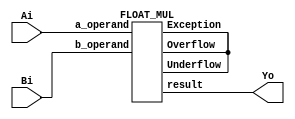
//32
module FPU_MUL(
	input [31:0] Ai,
	input [31:0] Bi,
	output [31:0] Yo
);
FLOAT_MUL f(
	.a_operand (Ai),
	.b_operand (Bi),
	.Exception (),		
	.Overflow (),		
	.Underflow (),
	.result (Yo));
endmodule

//
module FPU_ADD(
	input [31:0] Ai,
	input [31:0] Bi,
	output [31:0] Yo
);
FLOAT_ADD_SUB add(
	.a_operand (Ai),
	.b_operand (Bi), 
	.AddBar_Sub (1'b0),	
	.Exception (),
	.result (Yo)
);
endmodule

//
module FPU_SUB(
	input [31:0] Ai,
	input [31:0] Bi,
	output [31:0] Yo
);
FLOAT_ADD_SUB add(
	.a_operand (Ai),
	.b_operand (Bi), 
	.AddBar_Sub (1'b1),	
	.Exception (),
	.result (Yo)
);
endmodule






module FLOAT_ADD_SUB(
	input [31:0] a_operand,b_operand,
	input AddBar_Sub,	
	output Exception,
	output [31:0] result 
);

wire operation_sub_addBar;
wire Comp_enable;
wire output_sign;

wire [31:0] operand_a,operand_b;
wire [23:0] significand_a,significand_b;
wire [7:0] exponent_diff;


wire [23:0] significand_b_add_sub;
wire [7:0] exponent_b_add_sub;

wire [24:0] significand_add;
wire [30:0] add_sum;

wire [23:0] significand_sub_complement;
wire [24:0] significand_sub;
wire [30:0] sub_diff;
wire [24:0] subtraction_diff; 
wire [7:0] exponent_sub;

assign {Comp_enable,operand_a,operand_b} = (a_operand[30:0] < b_operand[30:0]) ? {1'b1,b_operand,a_operand} : {1'b0,a_operand,b_operand};

assign exp_a = operand_a[30:23];
assign exp_b = operand_b[30:23];


assign Exception = (&operand_a[30:23]) | (&operand_b[30:23]);

assign output_sign = AddBar_Sub ? Comp_enable ? !operand_a[31] : operand_a[31] : operand_a[31] ;

assign operation_sub_addBar = AddBar_Sub ? operand_a[31] ^ operand_b[31] : ~(operand_a[31] ^ operand_b[31]);


assign significand_a = (|operand_a[30:23]) ? {1'b1,operand_a[22:0]} : {1'b0,operand_a[22:0]};
assign significand_b = (|operand_b[30:23]) ? {1'b1,operand_b[22:0]} : {1'b0,operand_b[22:0]};


assign exponent_diff = operand_a[30:23] - operand_b[30:23];


assign significand_b_add_sub = significand_b >> exponent_diff;

assign exponent_b_add_sub = operand_b[30:23] + exponent_diff; 


assign perform = (operand_a[30:23] == exponent_b_add_sub);


assign significand_add = (perform & operation_sub_addBar) ? (significand_a + significand_b_add_sub) : 25'd0; 


assign add_sum[22:0] = significand_add[24] ? significand_add[23:1] : significand_add[22:0];


assign add_sum[30:23] = significand_add[24] ? (1'b1 + operand_a[30:23]) : operand_a[30:23];


assign significand_sub_complement = (perform & !operation_sub_addBar) ? ~(significand_b_add_sub) + 24'd1 : 24'd0 ; 

assign significand_sub = perform ? (significand_a + significand_sub_complement) : 25'd0;

priority_encoder pe(significand_sub,operand_a[30:23],subtraction_diff,exponent_sub);

assign sub_diff[30:23] = exponent_sub;

assign sub_diff[22:0] = subtraction_diff[22:0];

assign result = Exception ? 32'b0 : ((!operation_sub_addBar) ? {output_sign,sub_diff} : {output_sign,add_sum});

endmodule




module FLOAT_MUL(
		input [31:0] a_operand,
		input [31:0] b_operand,
		output Exception,Overflow,Underflow,
		output [31:0] result
		);

wire sign,product_round,normalised,zero;
wire [8:0] exponent,sum_exponent;
wire [22:0] product_mantissa;
wire [23:0] operand_a,operand_b;
wire [47:0] product,product_normalised; 

assign sign = a_operand[31] ^ b_operand[31];

assign Exception = (&a_operand[30:23]) | (&b_operand[30:23]);

assign operand_a = (|a_operand[30:23]) ? {1'b1,a_operand[22:0]} : {1'b0,a_operand[22:0]};

assign operand_b = (|b_operand[30:23]) ? {1'b1,b_operand[22:0]} : {1'b0,b_operand[22:0]};

assign product = operand_a * operand_b;		

assign product_round = |product_normalised[22:0]; 

assign normalised = product[47] ? 1'b1 : 1'b0;	

assign product_normalised = normalised ? product : product << 1;	


assign product_mantissa = product_normalised[46:24] + (product_normalised[23] & product_round); 

assign zero = Exception ? 1'b0 : (product_mantissa == 23'd0) ? 1'b1 : 1'b0;

assign sum_exponent = a_operand[30:23] + b_operand[30:23];

assign exponent = sum_exponent - 8'd127 + normalised;

assign Overflow = ((exponent[8] & !exponent[7]) & !zero) ; 

assign Underflow = ((exponent[8] & exponent[7]) & !zero) ? 1'b1 : 1'b0; 

assign result = Exception ? 32'd0 : zero ? {sign,31'd0} : Overflow ? {sign,8'hFF,23'd0} : Underflow ? {sign,31'd0} : {sign,exponent[7:0],product_mantissa};

endmodule

module priority_encoder(
			input [24:0] significand,
			input [7:0] Exponent_a,
			output reg [24:0] Significand,
			output [7:0] Exponent_sub
			);

reg [4:0] shift;

always @(significand)
begin
	casex (significand)
		25'b1_1xxx_xxxx_xxxx_xxxx_xxxx_xxxx :	begin
													Significand = significand;
									 				shift = 5'd0;
								 			  	end
		25'b1_01xx_xxxx_xxxx_xxxx_xxxx_xxxx : 	begin						
										 			Significand = significand << 1;
									 				shift = 5'd1;
								 			  	end

		25'b1_001x_xxxx_xxxx_xxxx_xxxx_xxxx : 	begin						
										 			Significand = significand << 2;
									 				shift = 5'd2;
								 				end

		25'b1_0001_xxxx_xxxx_xxxx_xxxx_xxxx : 	begin 							
													Significand = significand << 3;
								 	 				shift = 5'd3;
								 				end

		25'b1_0000_1xxx_xxxx_xxxx_xxxx_xxxx : 	begin						
									 				Significand = significand << 4;
								 	 				shift = 5'd4;
								 				end

		25'b1_0000_01xx_xxxx_xxxx_xxxx_xxxx : 	begin						
									 				Significand = significand << 5;
								 	 				shift = 5'd5;
								 				end

		25'b1_0000_001x_xxxx_xxxx_xxxx_xxxx : 	begin						// 24'h020000
									 				Significand = significand << 6;
								 	 				shift = 5'd6;
								 				end

		25'b1_0000_0001_xxxx_xxxx_xxxx_xxxx : 	begin						// 24'h010000
									 				Significand = significand << 7;
								 	 				shift = 5'd7;
								 				end

		25'b1_0000_0000_1xxx_xxxx_xxxx_xxxx : 	begin						// 24'h008000
									 				Significand = significand << 8;
								 	 				shift = 5'd8;
								 				end

		25'b1_0000_0000_01xx_xxxx_xxxx_xxxx : 	begin						// 24'h004000
									 				Significand = significand << 9;
								 	 				shift = 5'd9;
								 				end

		25'b1_0000_0000_001x_xxxx_xxxx_xxxx : 	begin						// 24'h002000
									 				Significand = significand << 10;
								 	 				shift = 5'd10;
								 				end

		25'b1_0000_0000_0001_xxxx_xxxx_xxxx : 	begin						// 24'h001000
									 				Significand = significand << 11;
								 	 				shift = 5'd11;
								 				end

		25'b1_0000_0000_0000_1xxx_xxxx_xxxx : 	begin						// 24'h000800
									 				Significand = significand << 12;
								 	 				shift = 5'd12;
								 				end

		25'b1_0000_0000_0000_01xx_xxxx_xxxx : 	begin						// 24'h000400
									 				Significand = significand << 13;
								 	 				shift = 5'd13;
								 				end

		25'b1_0000_0000_0000_001x_xxxx_xxxx : 	begin						// 24'h000200
									 				Significand = significand << 14;
								 	 				shift = 5'd14;
								 				end

		25'b1_0000_0000_0000_0001_xxxx_xxxx  : 	begin						// 24'h000100
									 				Significand = significand << 15;
								 	 				shift = 5'd15;
								 				end

		25'b1_0000_0000_0000_0000_1xxx_xxxx : 	begin						// 24'h000080
									 				Significand = significand << 16;
								 	 				shift = 5'd16;
								 				end

		25'b1_0000_0000_0000_0000_01xx_xxxx : 	begin						// 24'h000040
											 		Significand = significand << 17;
										 	 		shift = 5'd17;
												end

		25'b1_0000_0000_0000_0000_001x_xxxx : 	begin						// 24'h000020
									 				Significand = significand << 18;
								 	 				shift = 5'd18;
								 				end

		25'b1_0000_0000_0000_0000_0001_xxxx : 	begin						// 24'h000010
									 				Significand = significand << 19;
								 	 				shift = 5'd19;
												end

		25'b1_0000_0000_0000_0000_0000_1xxx :	begin						// 24'h000008
									 				Significand = significand << 20;
								 					shift = 5'd20;
								 				end

		25'b1_0000_0000_0000_0000_0000_01xx : 	begin						// 24'h000004
									 				Significand = significand << 21;
								 	 				shift = 5'd21;
								 				end

		25'b1_0000_0000_0000_0000_0000_001x : 	begin						// 24'h000002
									 				Significand = significand << 22;
								 	 				shift = 5'd22;
								 				end

		25'b1_0000_0000_0000_0000_0000_0001 : 	begin						// 24'h000001
									 				Significand = significand << 23;
								 	 				shift = 5'd23;
								 				end

		25'b1_0000_0000_0000_0000_0000_0000 : 	begin						// 24'h000000
								 					Significand = significand << 24;
							 	 					shift = 5'd24;
								 				end
		default : 	begin
						Significand = (~significand) + 1'b1;
						shift = 8'd0;
					end

	endcase
end
assign Exponent_sub = Exponent_a - shift;

endmodule